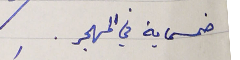
خمسماية في المهجر.